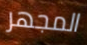
المجهر